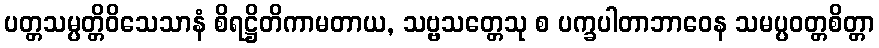
ပတ္တသမ္ပတ္တိဝိသေသာနံ စိရဋ္ဌိတိကာမတာယ, သဗ္ဗသတ္တေသု စ ပက္ခပါတာဘာဝေန သမပ္ပဝတ္တစိတ္တာ